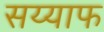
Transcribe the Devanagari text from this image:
सय्याफ